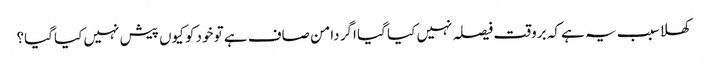
کھلا سبب یہ ہے کہ بروقت فیصلہ نہیں کیا گیا اگر دامن صاف ہے تو خود کو کیوں پیش نہیں کیا گیا؟